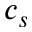
c _ { s }